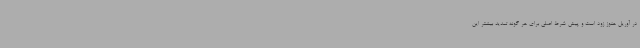
در آوریل هنوز زود است و پیش شرط اصلی برای هر گونه تمدید بیشتر این